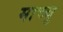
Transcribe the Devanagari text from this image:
माच्चु